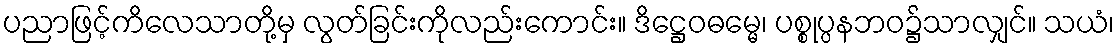
ပညာဖြင့်ကိလေသာတို့မှ လွတ်ခြင်းကိုလည်းကောင်း။ ဒိဋ္ဌေဝဓမ္မေ၊ ပစ္စုပ္ပနဘဝ၌သာလျှင်။ သယံ၊